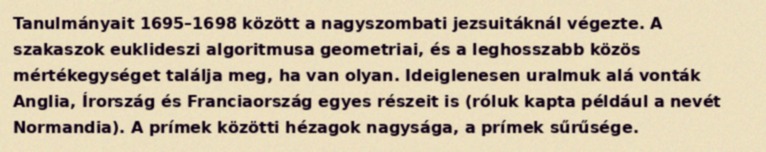
Tanulmányait 1695–1698 között a nagyszombati jezsuitáknál végezte. A szakaszok euklideszi algoritmusa geometriai, és a leghosszabb közös mértékegységet találja meg, ha van olyan. Ideiglenesen uralmuk alá vonták Anglia, Írország és Franciaország egyes részeit is (róluk kapta például a nevét Normandia). A prímek közötti hézagok nagysága, a prímek sűrűsége.